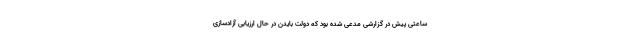
ساعتی پیش در گزارشی مدعی شده بود که دولت بایدن در حال ارزیابی آزادسازی